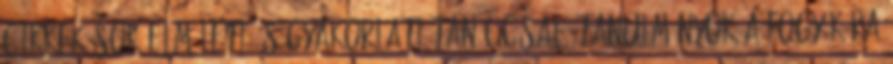
Cikkek sok elméleti és gyakorlati tanáccsal, tanulmányok a fogyókúra